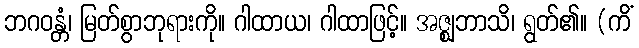
ဘဂဝန္တံ၊ မြတ်စွာဘုရားကို။ ဂါထာယ၊ ဂါထာဖြင့်။ အဇ္ဈဘာသိ၊ ရွတ်၏။ (ကိံ